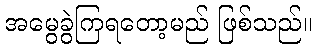
အမွေခွဲကြရတော့မည် ဖြစ်သည်။